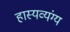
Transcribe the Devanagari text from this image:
हास्यव्यंग्य